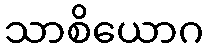
သာစိယောဂ